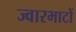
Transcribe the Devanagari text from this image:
ज्वारभाटों